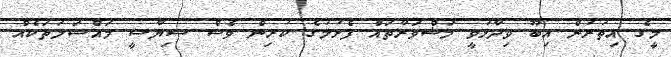
މީގެ އިތުރުން އިބޫ ވިދާޅުވީ މަޝްވަރާތައް ފެށުމުގެ ކުރިން ވެސް ސިޔާސީ މައްސަލަތަކެއް